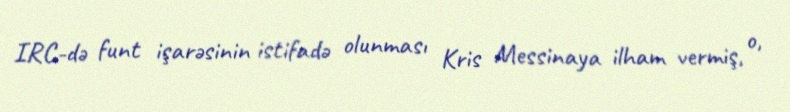
IRC-də funt işarəsinin istifadə olunması Kris Messinaya ilham vermiş, o,